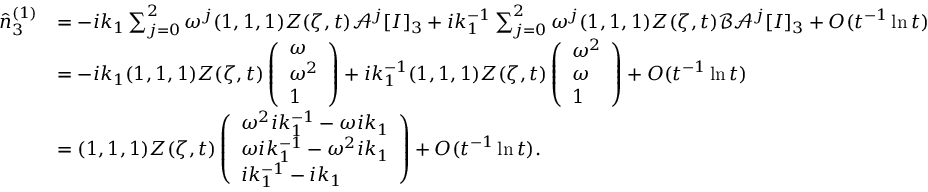
\begin{array} { r l } { \hat { n } _ { 3 } ^ { ( 1 ) } } & { = - i k _ { 1 } \sum _ { j = 0 } ^ { 2 } \omega ^ { j } ( 1 , 1 , 1 ) Z ( \zeta , t ) \mathcal { A } ^ { j } [ I ] _ { 3 } + i k _ { 1 } ^ { - 1 } \sum _ { j = 0 } ^ { 2 } \omega ^ { j } ( 1 , 1 , 1 ) Z ( \zeta , t ) \mathcal { B } \mathcal { A } ^ { j } [ I ] _ { 3 } + O ( t ^ { - 1 } \ln t ) } \\ & { = - i k _ { 1 } ( 1 , 1 , 1 ) Z ( \zeta , t ) \left( \begin{array} { l } { \omega } \\ { \omega ^ { 2 } } \\ { 1 } \end{array} \right) + i k _ { 1 } ^ { - 1 } ( 1 , 1 , 1 ) Z ( \zeta , t ) \left( \begin{array} { l } { \omega ^ { 2 } } \\ { \omega } \\ { 1 } \end{array} \right) + O ( t ^ { - 1 } \ln t ) } \\ & { = ( 1 , 1 , 1 ) Z ( \zeta , t ) \left( \begin{array} { l } { \omega ^ { 2 } i k _ { 1 } ^ { - 1 } - \omega i k _ { 1 } } \\ { \omega i k _ { 1 } ^ { - 1 } - \omega ^ { 2 } i k _ { 1 } } \\ { i k _ { 1 } ^ { - 1 } - i k _ { 1 } } \end{array} \right) + O ( t ^ { - 1 } \ln t ) . } \end{array}